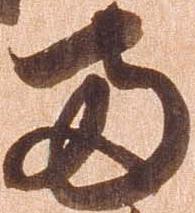
両